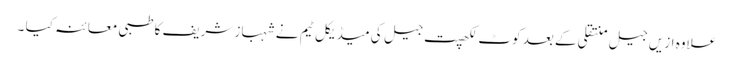
علاوہ ازیں جیل منتقلی کے بعد کوٹ لکھپت جیل کی میڈیکل ٹیم نے شہباز شریف کا طبی معائنہ کیا ۔